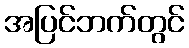
အပြင်ဘက်တွင်